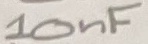
Text: 10nF